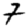
Digit: 7